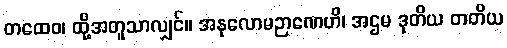
တထေဝ၊ ထို့အတူသာလျှင်။ အနုလောမဉာဏေဟိ၊ အဌမ ဒုတိယ တတိယ